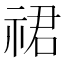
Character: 𬒽